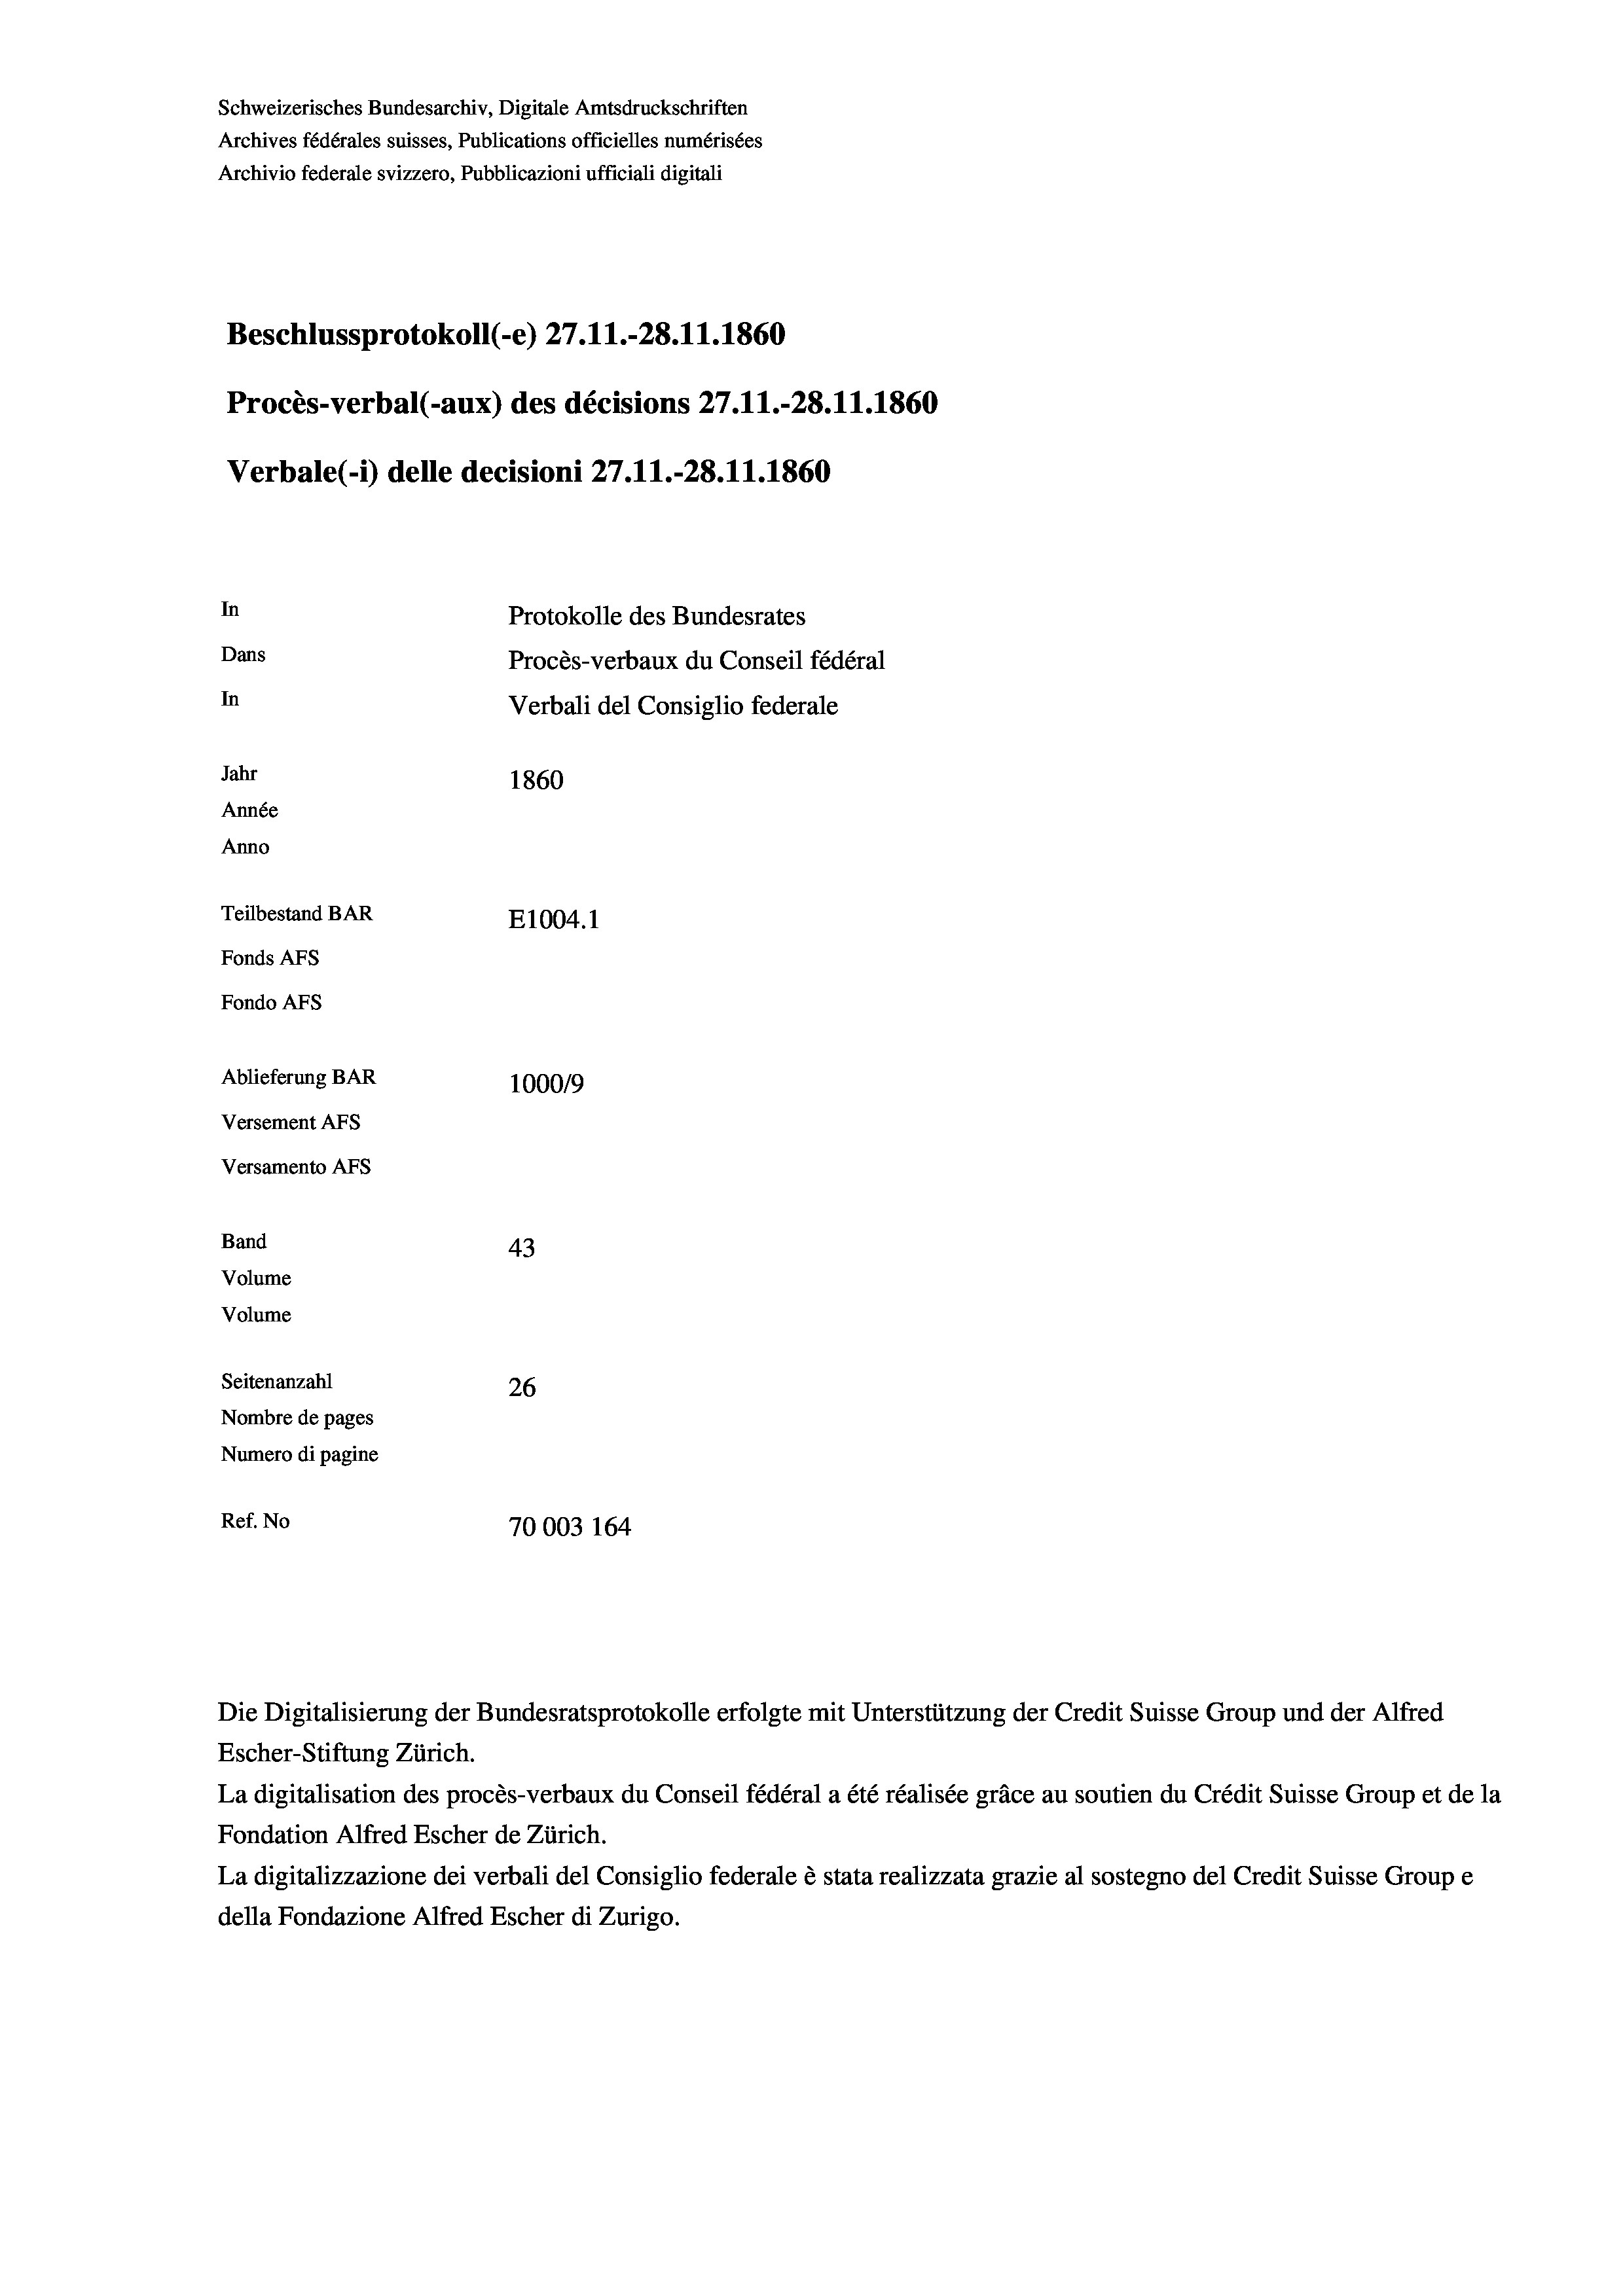
Schweizerisches Bundesarchiv, Digitale Amtsdruckschriften
Archives fédérales suisses, Publications officielles numérisées
Archivio federale svizzero, Pubblicazioni ufficiali digitali
Beschlussprotokoll (-e) 27. 11.-28.11.1860
Procès-verbal (-aux) des décisions 27.11.-28.11.1860
Verbale(*) delle decisioni 27.11.-28.11.1860
In
Protokolle des Bundesrates
Dans
Procès-verbaux du Conseil fédéral
In
Verbali del Consiglio federale
Jahr
1860
Année
Anno
Teilbestand BAR
E1004. 1
Fonds AFs
Fondo AFs
Ablieferung BAR
100019

Versement AFs
Versamento Afs
Band
Volume
Volume

43
Seitenanzahl
26
Nombre de pages
Numero di pagine
Ref. No
70003 164

Escher-Stiftung Zürich.
La digitalisation des procès-verbaux du Conseil fédéral a été réalisée gräce au soutien du Crédit Suisse Group et de la
Fondation Alfred Escher de Zürich.
La digitalizzazione dei verbali del Consiglio federale è stata realizzata grazie al sostegno del Credit Suisse Groupe
della Fondazione Alfred Escher di Zurigo.

Die Digitalisierung der Bundesratsprotokolle erfolgte mit Unterstützung der Credit Suisse Group und der Alfred